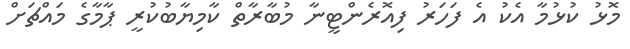
މޮޅު ކުޅުމާ އެކު އެ ފަހަރު ފިއޮރެންޓީނާ މުބާރާތް ކާމިޔާބުކުރީ ޕާމާގެ މައްޗަށް